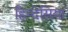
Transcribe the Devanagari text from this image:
हिन्देसिया